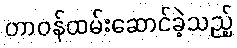
တာဝန်ထမ်းဆောင်ခဲ့သည့်